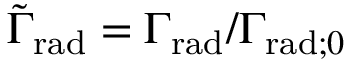
\tilde { \Gamma } _ { \mathrm { r a d } } = \Gamma _ { \mathrm { r a d } } / \Gamma _ { \mathrm { r a d } ; 0 }